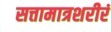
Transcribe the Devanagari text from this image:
सत्तामात्रशरीरं